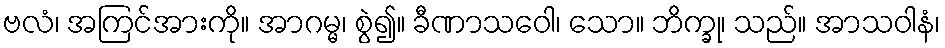
ဗလံ၊ အကြင်အားကို။ အာဂမ္မ၊ စွဲ၍။ ခီဏာသဝေါ၊ သော။ ဘိက္ခု၊ သည်။ အာသဝါနံ၊